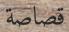
قصاصة